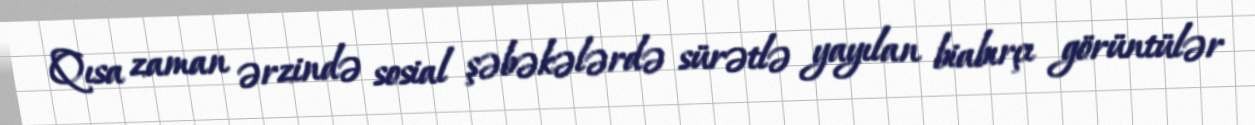
Qısa zaman ərzində sosial şəbəkələrdə sürətlə yayılan biabırçı görüntülər